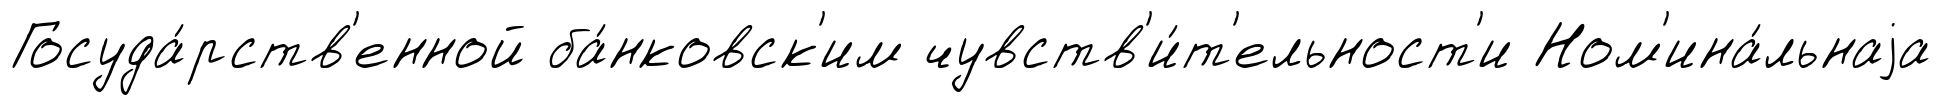
Госуда́рств'енной ба́нковск'им чувств'и́т'ельност'и Ном'ина́льнаjа